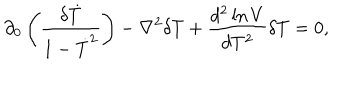
\partial _ { 0 } \left( \frac { \delta \dot { T } } { 1 - \dot { T } ^ { 2 } } \right) - \nabla ^ { 2 } \delta T + \frac { d ^ { 2 } \ln V } { d T ^ { 2 } } \delta T = 0 ,